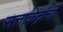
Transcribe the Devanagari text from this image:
सत्ताकेंद्रांची